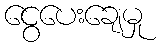
ငွေပေးချေမှု